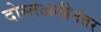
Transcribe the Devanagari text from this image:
दोस्तअलीनंतर